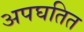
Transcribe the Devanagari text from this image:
अपघतित